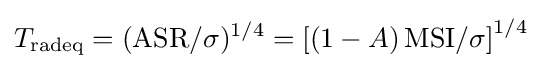
T_{\mathrm {radeq} }=(\mathrm {ASR} /\sigma )^{1/4}=\left[(1-A)\,\mathrm {MSI} /\sigma \right]^{1/4}\;